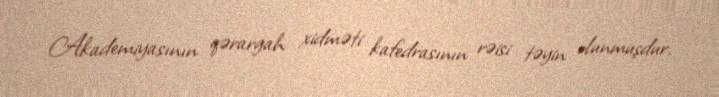
Akademiyasının qərargah xidməti kafedrasının rəisi təyin olunmuşdur.